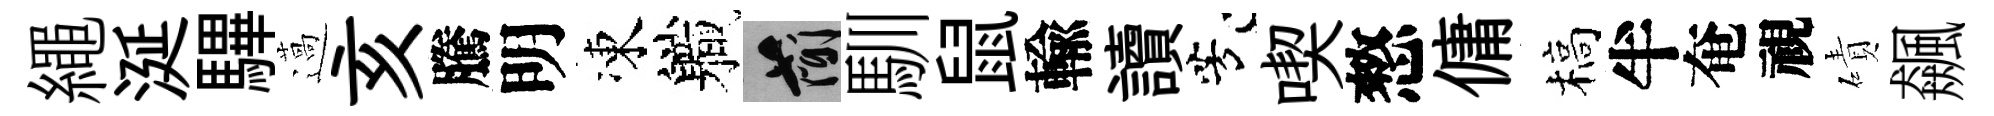
繩涎驆薖亥騰明凍軄簡馴鼠輸讀芳喫憗傭槁半奄視磧飆